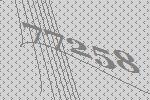
77258